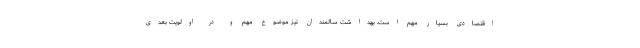
اقتصادی بسیار مهم است. بهداشت سالمندان نیز موضوع مهم و در اولویت بعدی